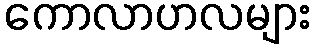
ကောလာဟလများ